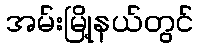
အမ်းမြို့နယ်တွင်